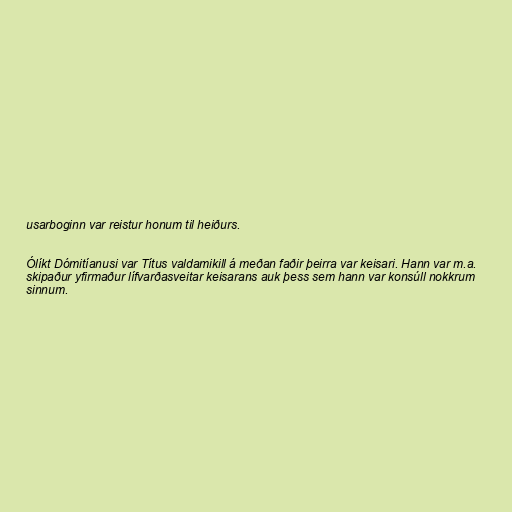
usarboginn var reistur honum til heiðurs.

Ólíkt Dómitíanusi var Títus valdamikill á meðan faðir þeirra var keisari. Hann var m.a.
skipaður yfirmaður lífvarðasveitar keisarans auk þess sem hann var konsúll nokkrum
sinnum.